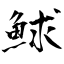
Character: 鯄